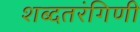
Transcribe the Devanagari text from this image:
शब्दतरंगिणी